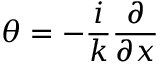
\theta = - \frac { i } { k } \frac { \partial } { \partial x }